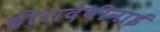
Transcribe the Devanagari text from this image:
हीरादेवीनाई